Vaccination returns of the Province of Eastern Bengal and Assam - 1905-1912
Year: 1905
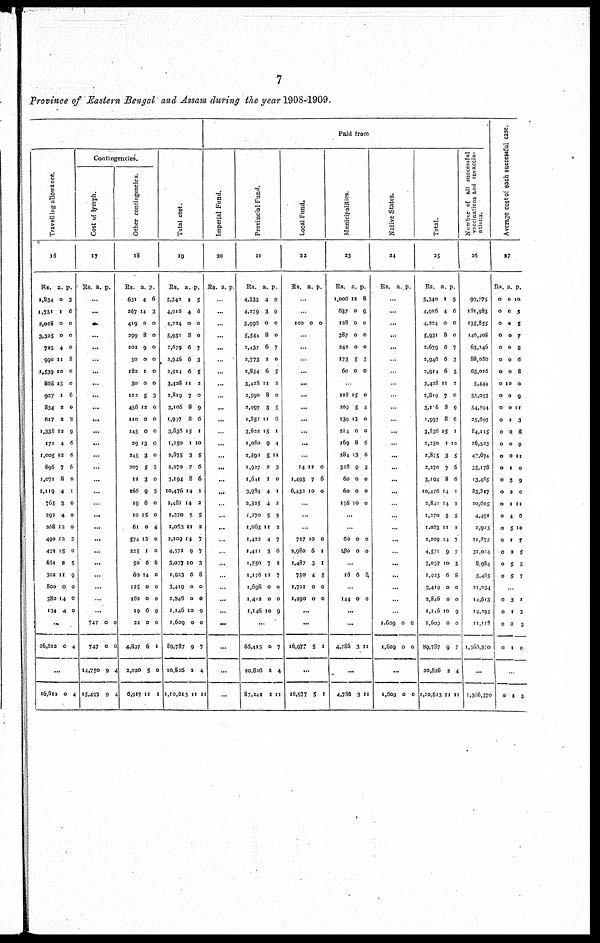
7
Province of Eastern Bengal and Assam during the year 1908-1909.
Travelling allowance.
16
Rs.
1,834
1,731
2,028
3,325
725
990
1,539
868
927
834
617
1,338
170
1,005
896
1,071
2,119
765
292
268
490
492
651
302
800
380
134
a.
0
1
0
0
4
11
10
15
1
3
3
12
4
12
7
8
4
3
4
12
12
15
8
11
0
14
4
p.
3
6
0
0
0
8
0
0
6
0
9
9
6
6
6
0
1
0
0
0
3
0
5
9
0
0
0
...
26,612 0 4
...
26,612 0 4
Contingencies.
Cost of lymph.
17
Rs. a. p.
...
...
...
...
...
...
...
...
...
...
...
...
...
...
...
...
...
...
...
...
...
...
...
...
...
...
...
747
747
14,750
15,497
0
0
9
0
0
0
4
4
Other contingenties.
18
Rs.
631
267
419
299
202
50
182
30
112
456
110
145
39
245
307
11
166
19
10
61
574
225
50
60
125
162
19
22
4,897
2,020
6,917
a.
4
14
0
8
9
0
1
0
5
12
0
0
13
3
5
3
9
6
15
0
13
1
6
14
0
0
6
0
6
5
11
p.
6
3
0
0
0
0
0
0
3
0
0
0
0
0
3
0
3
0
0
4
0
0
6
0
0
0
9
0
1
0
1
Total cost.
19
Rs.
5,340
4,916
4,224
5,931
2,679
2,946
2,914
3,428
2,819
3,106
1,997
3,836
1,250
2,875
2,270
3,194
10,476
2,481
1,270
1,063
2,209
4,571
3,037
1,923
3,419
2,846
1,146
1,609
89,787
20,826
1,10,613
a.
1
4
0
8
6
6
6
11
7
8
8
15
1
3
7
8
14
14
5
11
14
9
10
6
0
0
10
0
9
2
11
p.
5
6
0
0
7
3
5
2
0
9
6
1
10
5
6
6
1
2
5
2
7
7
3
8
0
0
9
0
7
4
11
Paid from
Imperial Fund.
20
Rs. a. p.
...
...
...
...
...
...
...
...
...
...
...
...
...
...
...
...
...
...
...
...
...
...
...
...
...
...
...
...
...
...
...
Provincial Fund.
21
Rs.
4,333
4,279
3,996
5,544
2,437
2,773
2,854
3,428
2,590
2,997
1,857
3,632
1,080
2,590
1,927
1,611
3,984
2,325
1,270
1,063
1,423
1,411
1,550
1,176
1,698
1,412
1,146
a.
4
3
0
8
6
1
6
11
8
3
11
15
9
5
2
1
4
4
5
11
4
3
7
11
0
0
10
p.
9
9
0
0
7
0
5
2
0
5
6
1
4
11
3
0
1
2
5
2
7
6
2
7
0
0
9
...
65,415
20,826
87,241
0
2
2
7
4
11
Local Fund.
22
Rs. a. p.
...
...
100 0 0
...
...
...
...
...
...
...
...
...
...
...
14
1,493
6,432
12
7
10
0
6
0
...
...
...
727
2,980
1,487
730
1,721
1,290
10
6
3
4
0
0
0
1
1
5
0
0
...
...
16,977 5 1
...
16,977 5 1
Municipalities.
23
Rs.
1,006
637
128
387
242
173
60
a.
12
0
0
0
0
5
0
p.
8
9
0
0
0
3
0
...
228
109
139
214
169
284
328
60
60
156
15
5
13
0
8
13
9
0
0
10
0
4
0
0
6
6
3
0
0
0
...
...
60
180
0
0
0
0
...
16 6 8
...
144 0 0
...
...
4,786 3 11
...
4,786 3 11
Native States.
24
Rs. a. p.
...
...
...
...
...
...
...
...
...
...
...
...
...
...
...
...
...
...
...
...
...
...
...
...
...
...
...
1,609
1,609
0
0
0
0
...
1,609 0 0
Total.
25
Rs.
5,340
4,916
4,224
5,931
2,679
2,946
3,914
3,438
2,8l9
3,116
1,997
3,836
1,250
3,875
2,270
3,194
10,476
3,841
1,370
1,063
2,209
4,571
3,037
1,923
3,419
2,846
1,146
1,609
89,787
20,826
1,10,613
a.
1
4
0
8
6
6
6
11
7
8
8
15
1
3
7
8
14
14
5
11
14
9
10
6
0
0
10
0
9
2
11
p.
5
6
0
0
7
3
5
3
0
9
6
1
10
5
6
6
1
2
5
2
7
7
3
8
0
0
9
0
7
4
11
Number of all successful
vaccinations and revaccin¬
ations.
26
99,775
181,983
135,855
146,408
63,246
88,080
63,016
5,444
55,953
54,594
25,607
84,115
26,533
47,674
35,178
13,485
83,817
20,605
4,491
2,923
31,875
31,024
8,984
5,465
21,034
14,613
14,395
11,118
1,366,370
...
1,306,370
Average cost of each successful case.
27
Rs.
0
0
0
0
0
0
0
0
0
0
0
0
0
0
0
0
0
0
0
0
0
0
0
0
a.
0
0
0
0
0
0
0
10
0
0
1
0
0
0
1
3
2
1
4
5
1
2
5
5
p.
10
5
5
7
8
6
8
0
9
11
3
8
9
11
0
9
0
11
6
10
7
5
5
7
...
0
0
0
0
3
1
2
1
1
3
3
0
...
0 1 3